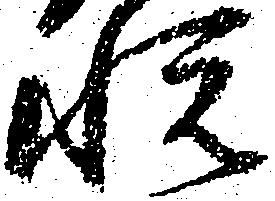
悦